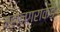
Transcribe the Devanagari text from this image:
महानगराकडे